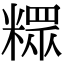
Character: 𥼟